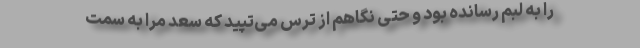
را به لبم رسانده بود و حتی نگاهم از ترس می‌تپید که سعد مرا به سمت